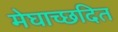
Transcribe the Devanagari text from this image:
मेघाच्छदित